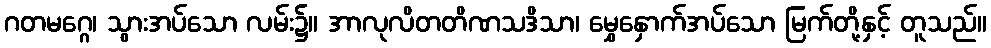
ဂတမဂ္ဂေ၊ သွားအပ်သော လမ်း၌။ အာလုလိတတိဏသဒိသာ၊ မွှေနှောက်အပ်သော မြက်တို့နှင့် တူသည်။